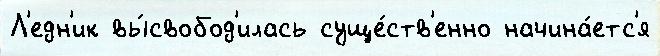
Л'едн'ик вы́свобод'илась суще́ств'енно начина́етс'я